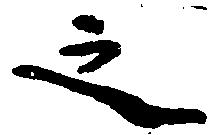
之